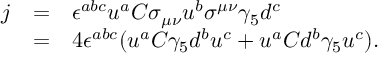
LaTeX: \begin{array} { l l l } { { j } } & { { = } } & { { \epsilon ^ { a b c } u ^ { a } C \sigma _ { \mu \nu } u ^ { b } \sigma ^ { \mu \nu } \gamma _ { 5 } d ^ { c } } } \\ { { } } & { { = } } & { { 4 \epsilon ^ { a b c } ( u ^ { a } C \gamma _ { 5 } d ^ { b } u ^ { c } + u ^ { a } C d ^ { b } \gamma _ { 5 } u ^ { c } ) . } } \end{array}